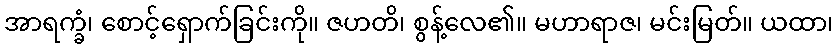
အာရက္ခံ၊ စောင့်ရှောက်ခြင်းကို။ ဇဟတိ၊ စွန့်လေ၏။ မဟာရာဇ၊ မင်းမြတ်။ ယထာ၊